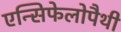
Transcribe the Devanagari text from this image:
एन्सिफेलोपैथी